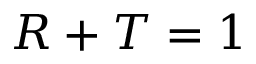
R + T = 1